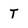
Character: T